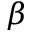
\beta